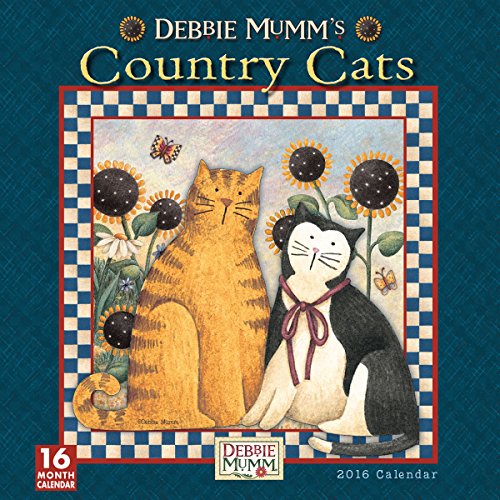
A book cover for Country Cats 2016 Wall Calendar; Debbie Mumm; Calendars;